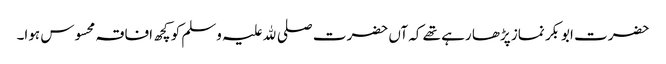
حضرت ابوبکر نماز پڑھا رہے تھے کہ آں حضرت صلی ﷲ علیہ وسلم کو کچھ افاقہ محسوس ہوا۔